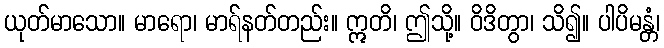
ယုတ်မာသော။ မာရော၊ မာရ်နတ်တည်း။ ဣတိ၊ ဤသို့။ ဝိဒိတွာ၊ သိ၍။ ပါပိမန္တံ၊